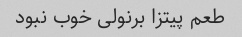
طعم پیتزا برنولی خوب نبود